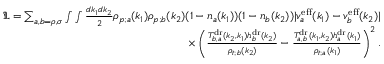
\begin{array} { r } { \mathfrak { L } = \sum _ { a , b = \rho , \sigma } \int \int \frac { d k _ { 1 } d k _ { 2 } } { 2 } \rho _ { p ; a } ( k _ { 1 } ) \rho _ { p ; b } ( k _ { 2 } ) ( 1 - n _ { a } ( k _ { 1 } ) ) ( 1 - n _ { b } ( k _ { 2 } ) ) | v _ { a } ^ { \mathrm { e f f } } ( k _ { 1 } ) - v _ { b } ^ { \mathrm { e f f } } ( k _ { 2 } ) | } \\ { \times \left( \frac { T _ { b , a } ^ { \mathrm { d r } } ( k _ { 2 } , k _ { 1 } ) h _ { b } ^ { \mathrm { d r } } ( k _ { 2 } ) } { \rho _ { t ; b } ( k _ { 2 } ) } - \frac { T _ { a , b } ^ { \mathrm { d r } } ( k _ { 1 } , k _ { 2 } ) h _ { a } ^ { \mathrm { d r } } ( k _ { 1 } ) } { \rho _ { t ; a } ( k _ { 1 } ) } \right) ^ { 2 } . } \end{array}